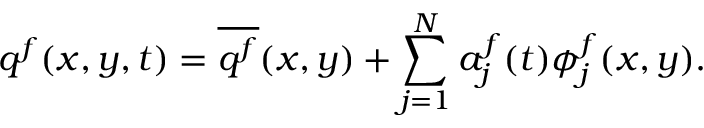
\boldsymbol { q } ^ { f } ( x , y , t ) = \overline { { \boldsymbol { q } ^ { f } } } ( x , y ) + \sum _ { j = 1 } ^ { N } a _ { j } ^ { f } ( t ) \boldsymbol { \phi } _ { j } ^ { f } ( x , y ) .